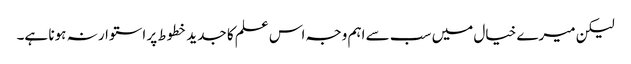
لیکن میرے خیال میں سب سے اہم وجہ اس علم کا جدید خطوط پر استوار نہ ہونا ہے۔